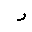
Letter: _ra